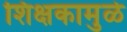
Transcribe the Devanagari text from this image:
शिक्षकामुळे